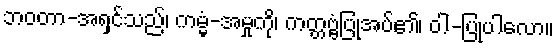
ဘဝတာ-အရှင်သည်၊ ကမ္မံ-အမှုကို၊ ကတ္တဗ္ဗံပြုအပ်၏၊ ဝါ-ပြုပါလော။